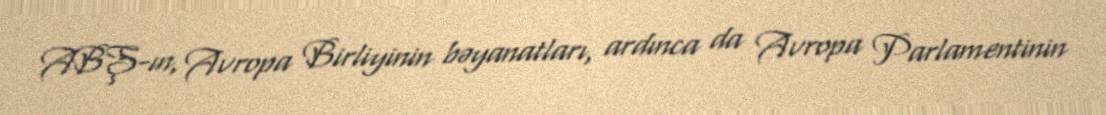
ABŞ-ın, Avropa Birliyinin bəyanatları, ardınca da Avropa Parlamentinin